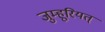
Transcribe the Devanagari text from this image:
जुम्हूरियत्